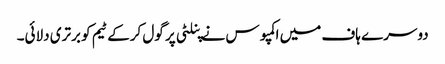
دوسرے ہاف میں اکمپوس نے پنلٹی پر گول کرکے ٹیم کو برتری دلائی۔